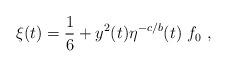
LaTeX: \begin{align*}\xi (t)={\frac{1}{6}}+y^{2}(t)\eta^{-c/b} (t)~ f_0~,\end{align*}